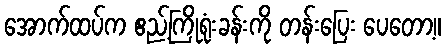
အောက်ထပ်က ဧည့်ကြိုရုံးခန်းကို တန်းပြေး ပေတော့။